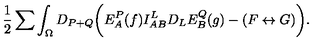
{ \frac { 1 } { 2 } } \sum \int _ { \Omega } D _ { P + Q } \biggl ( E _ { A } ^ { P } ( f ) I _ { A B } ^ { L } D _ { L } E _ { B } ^ { Q } ( g ) - ( F \leftrightarrow G ) \biggr ) .